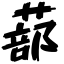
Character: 蔀